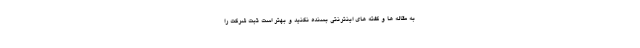
به مقاله ها و گفته های اینترنتی بسنده نکنید و بهتر است ثبت شرکت را